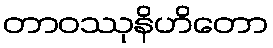
တာဝဿုနိဟိတော